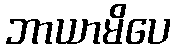
ဘာယာမိပေ